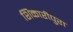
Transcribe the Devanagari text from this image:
शिकारीपुरा